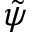
\tilde { \psi }